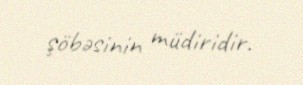
şöbəsinin müdiridir.